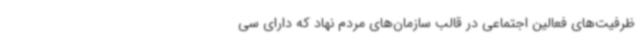
ظرفیت‌های فعالین اجتماعی در قالب سازمان‌های مردم نهاد که دارای سی